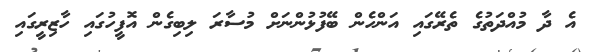
އެ ދާ މުއްދަތުގެ ތެރޭގައި އަންހެން ބޭފުޅުންނަށް މުސާރަ ލިބިގެން އޮފީހުގައި ހާޒިރީގައި